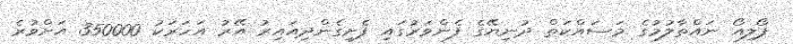
ޕޯލިއޯ ނައްތާލުމުގެ މަސައްކަތް ދުނިޔޭގެ ފެންވަރުގައި ފެށިގެންދިއައިރު އޭރު އަހަރަކު 350000 އަށްވުރެ